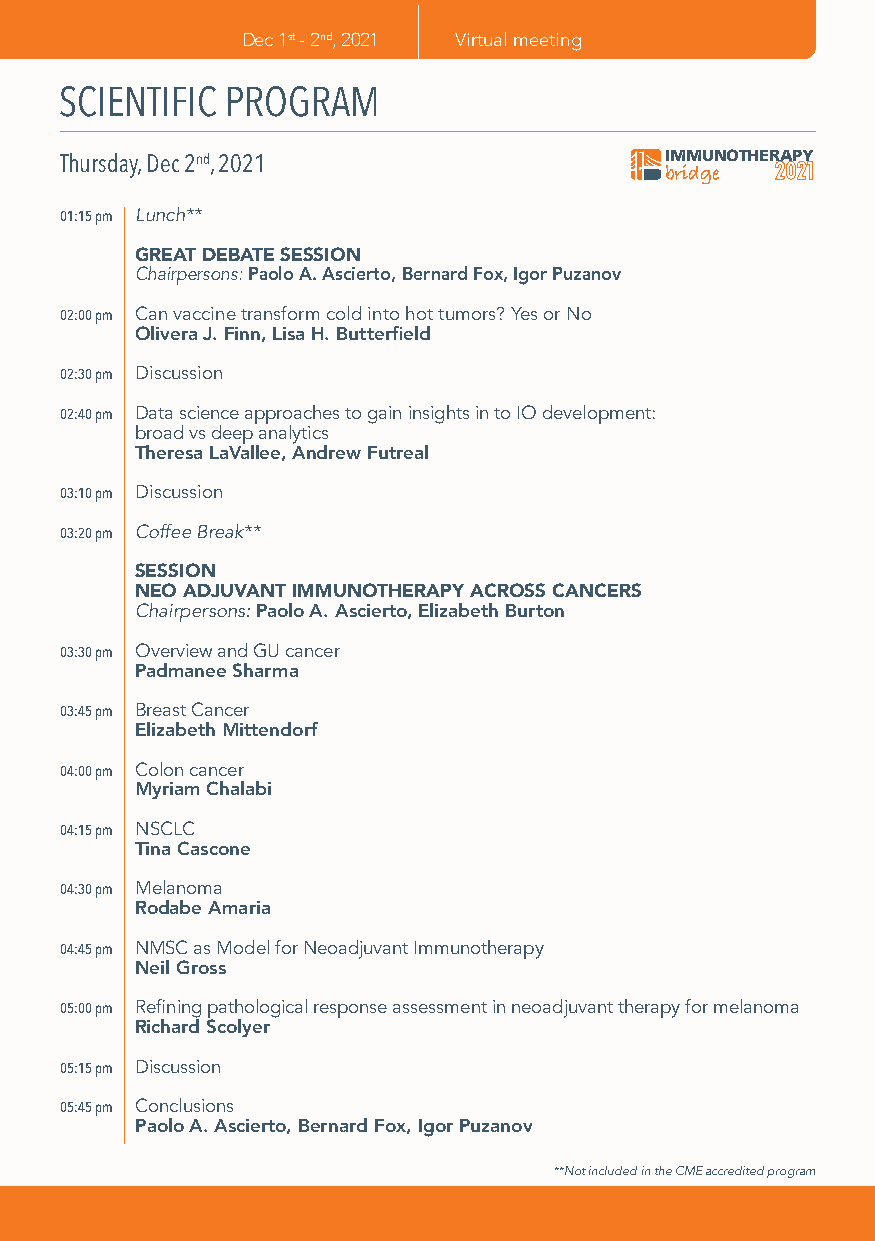
Dec 1st - 2nd, 2021 Virtual meeting
 SCIENTIFIC PROGRAM
 IMMUNOTHERAPY
 Thursday, Dec 2nd, 2021                 bridge 2021
 01:15 pm Lunch**
 GREAT DEBATE SESSION
 Chairpersons: Paolo A. Ascierto, Bernard Fox, Igor Puzanov
 02:00 pm Can vaccine transform cold into hot tumors? Yes or No
 Olivera J. Finn, Lisa H. Butterfield
 02:30 pm Discussion
 02:40 pm Data science approaches to gain insights in to IO development:
 broad vs deep analytics
 Theresa LaVallee, Andrew Futreal
 03:10 pm Discussion
 03:20 pm Coffee Break**
 SESSION
 NEO ADJUVANT IMMUNOTHERAPY ACROSS CANCERS
 Chairpersons: Paolo A. Ascierto, Elizabeth Burton
 03:30 pm Overview and GU cancer
 Padmanee Sharma
 03:45 pm Breast Cancer
 Elizabeth Mittendorf 2021
 04:00 pm Colon cancer
 Myriam Chalabi
 04:15 pm NSCLC
 Tina Cascone
 04:30 pm Melanoma
 Rodabe Amaria
 04:45 pm NMSC as Model for Neoadjuvant Immunotherapy
 Neil Gross
 05:00 pm Refining pathological response assessment in neoadjuvant therapy for melanoma
 Richard Scolyer
 05:15 pm Discussion
 05:45 pm Conclusions
 Paolo A. Ascierto, Bernard Fox, Igor Puzanov
 **Not included in the CME accredited program